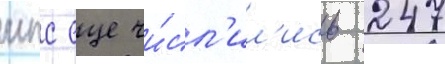
мпс еще чи́сл'ил'ись 247